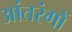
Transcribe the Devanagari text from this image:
आंतरंगों